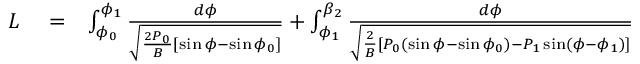
\begin{array} { r l r } { L } & { { } = } & { \int _ { \phi _ { 0 } } ^ { \phi _ { 1 } } \frac { d \phi } { \sqrt { \frac { 2 P _ { 0 } } { B } [ \sin \phi - \sin \phi _ { 0 } ] } } + \int _ { \phi _ { 1 } } ^ { \beta _ { 2 } } \frac { d \phi } { \sqrt { \frac { 2 } { B } [ P _ { 0 } ( \sin \phi - \sin \phi _ { 0 } ) - P _ { 1 } \sin ( \phi - \phi _ { 1 } ) ] } } } \end{array}